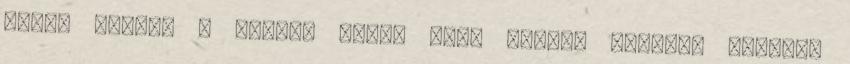
Orsós György – kanna, tánc, ének Kovács Norbert ’Cimbi’